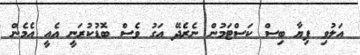
އަލުވި ފިޔާ ބިސް ކަސްޓަމުން ނެރެދޭ އަގު ވެސް ބޮޑުކުރަނީ އެއީ އެމެން